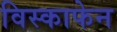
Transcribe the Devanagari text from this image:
विस्काफेन